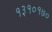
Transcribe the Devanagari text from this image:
१३१०१७०